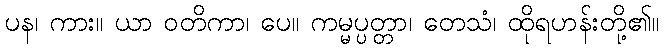
ပန၊ ကား။ ယာ ဝတိကာ၊ ပေ။ ကမ္မပ္ပတ္တာ၊ တေသံ၊ ထိုရဟန်းတို့၏။